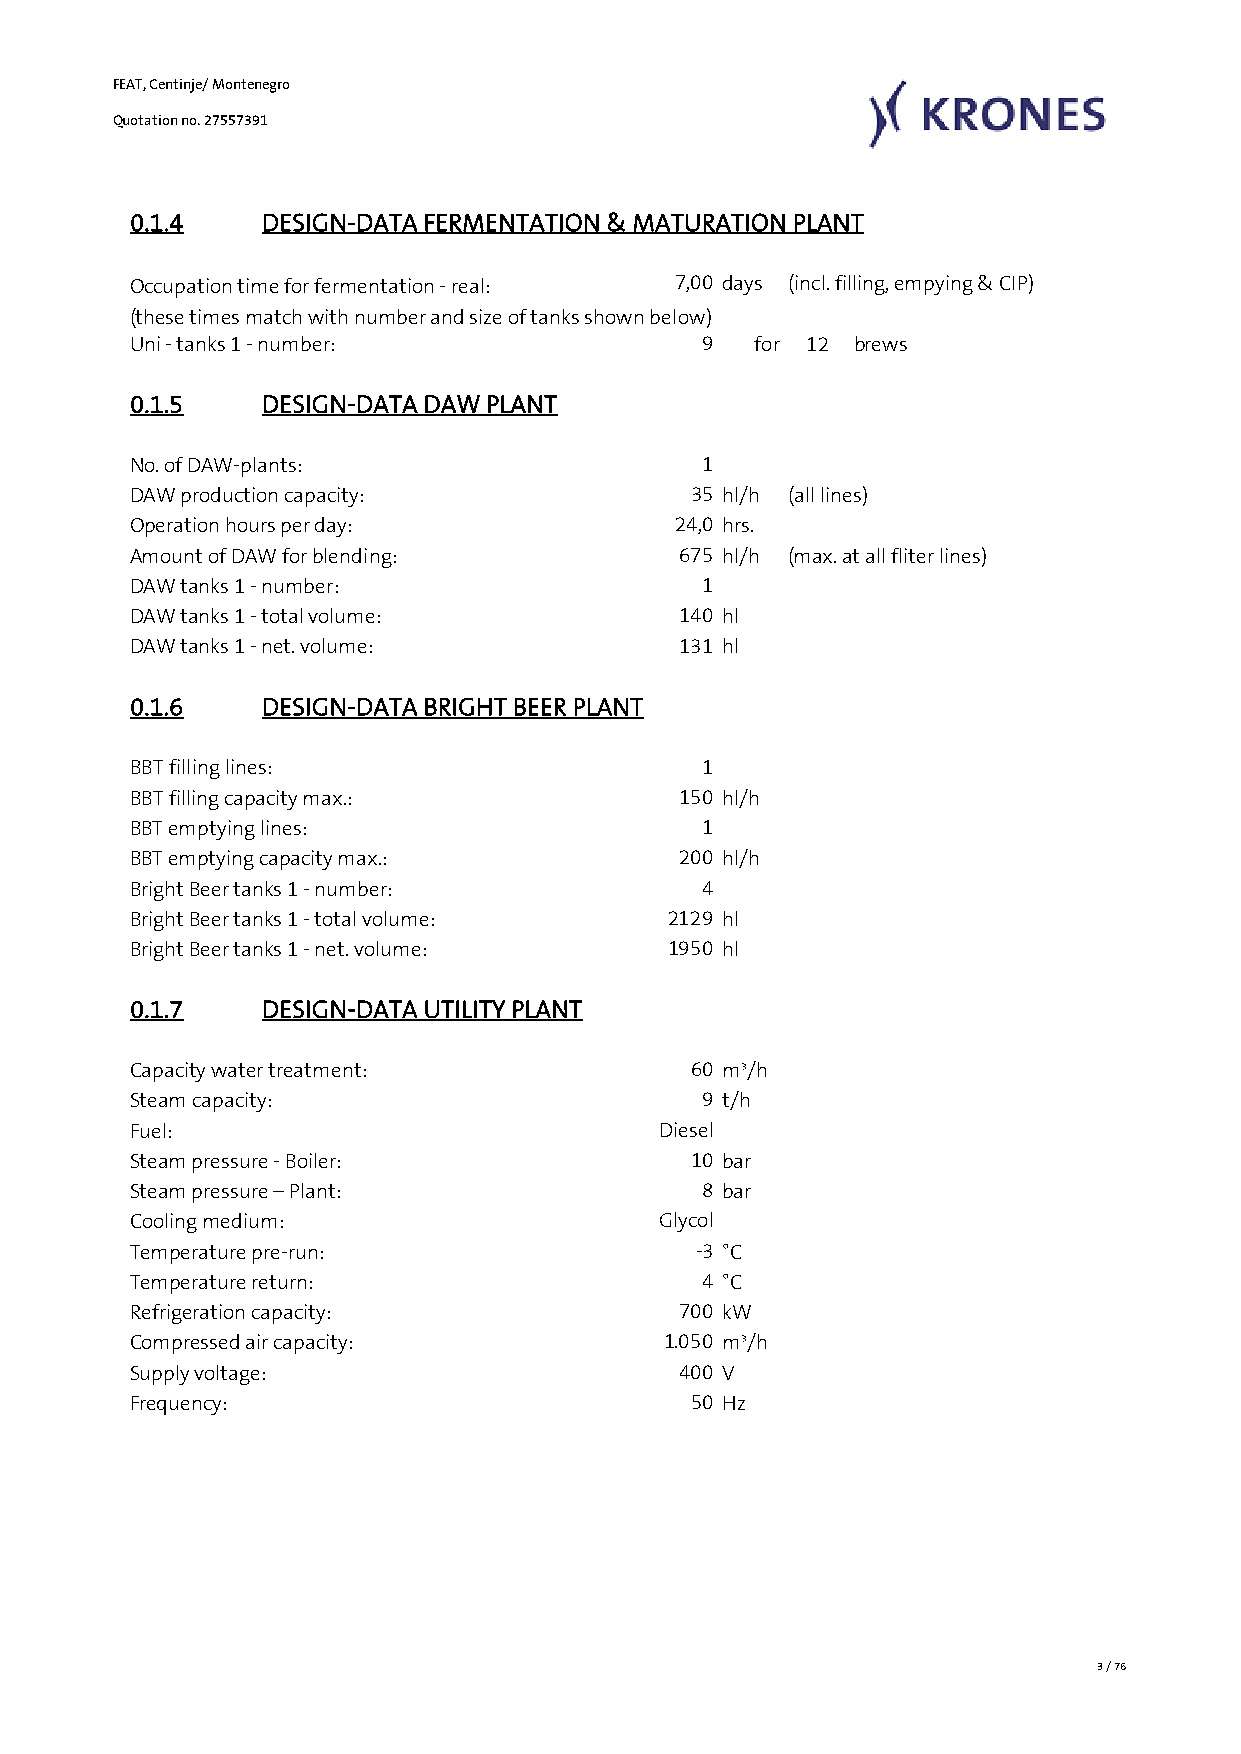
FEAT, Centinje/ Montenegro
 Quotation no. 27557391
 0.1.4    DESIGN-DATA FERMENTATION & MATURATION PLANT
 Occupation time for fermentation - real: 7,00 days (incl. filling, empying & CIP)
 (these times match with number and size of tanks shown below)
 Uni - tanks 1 - number:               9   for 12 brews
 0.1.5    DESIGN-DATA DAW PLANT
 No. of DAW-plants:                    1
 DAW production capacity:             35 hl/h (all lines)
 Operation hours per day:            24,0 hrs.
 Amount of DAW for blending:          675 hl/h (max. at all fliter lines)
 DAW tanks 1 - number:                 1
 DAW tanks 1 - total volume:          140 hl
 DAW tanks 1 - net. volume:           131 hl
 0.1.6    DESIGN-DATA BRIGHT BEER PLANT
 BBT filling lines:                    1
 BBT filling capacity max.:           150 hl/h
 BBT emptying lines:                   1
 BBT emptying capacity max.:          200 hl/h
 Bright Beer tanks 1 - number:         4
 Bright Beer tanks 1 - total volume: 2129 hl
 Bright Beer tanks 1 - net. volume:  1950 hl
 0.1.7    DESIGN-DATA UTILITY PLANT
 Capacity water treatment:            60 m³/h
 Steam capacity:                       9 t/h
 Fuel:                              Diesel
 Steam pressure - Boiler:             10 bar
 Steam pressure – Plant:               8 bar
 Cooling medium:                    Glycol
 Temperature pre-run:                  -3 °C
 Temperature return:                   4 °C
 Refrigeration capacity:              700 kW
 Compressed air capacity:            1.050 m³/h
 Supply voltage:                      400 V
 Frequency:                           50 Hz
 3 / 76